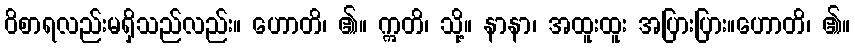
ဝိစာရလည်းမရှိသည်လည်း။ ဟောတိ၊ ၏။ ဣတိ၊ သို့။ နာနာ၊ အထူးထူး အပြားပြား။ဟောတိ၊ ၏။